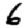
Digit: 6